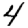
Digit: 4